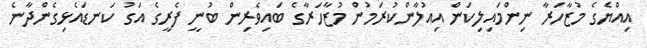
އިއްޔެގެ މުޒާހަރާ ނިންމައިލިކަން އިއުލާންކުރަމުން މުޒާހަރާގެ ބައިވެރިން ބުނީ ފެރީގެ އަގު ކަނޑައެޅިގެންދާނެ